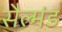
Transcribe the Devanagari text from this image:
सैल्मंड